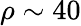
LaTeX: \rho\sim 40